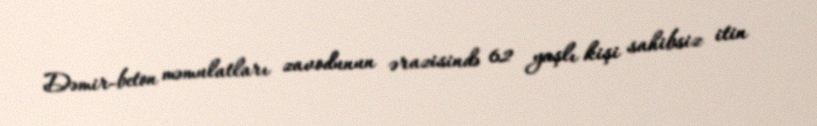
Dəmir-beton məmulatları zavodunun ərazisində 62 yaşlı kişi sahibsiz itin